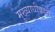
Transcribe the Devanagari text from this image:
मुख्याधीकारी